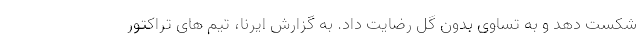
شکست دهد و به تساوی بدون گل رضایت داد. به گزارش ایرنا، تیم های تراکتور